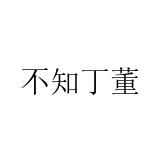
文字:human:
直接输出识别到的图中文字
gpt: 不知丁董